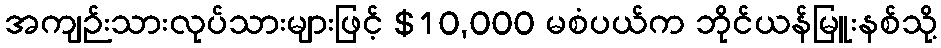
အကျဉ်းသားလုပ်သားများဖြင့် $10,000 မစံပယ်က ဘိုင်ယန်မြူးနစ်သို့